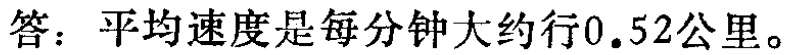
答：平均速度是每分钟大约行\(0.52\)公里。